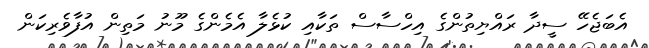
އެބަޖެހޭ ސީދާ ރައްޔިތުންގެ އިހްސާސް ތަކާއި ކުޅެލާ އެމެންގެ މޫނު މަތިން އުފާވެރިކަން